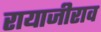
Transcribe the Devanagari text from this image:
रायाजीराव